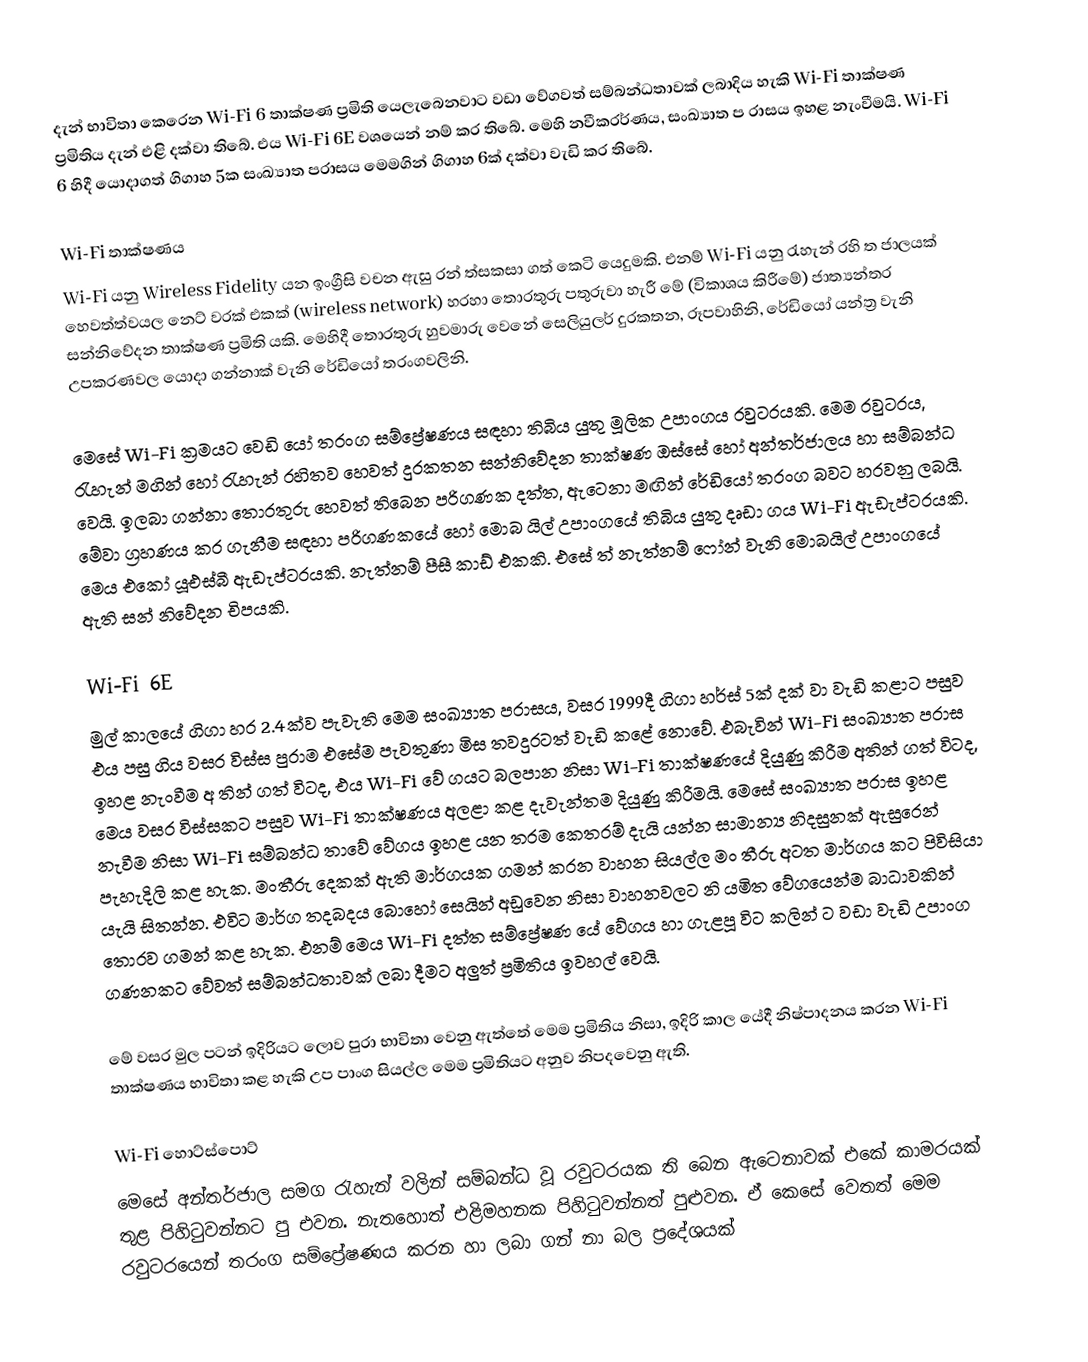
දැන් භාවිතා කෙරෙන Wi-Fi 6 තාක්ෂණ ප්‍රමිති යෙලැබෙනවාට වඩා වේගවත් සම්බන්ධතාවක් ලබාදිය හැකි Wi-Fi තාක්ෂණ ප්‍රමිතිය දැන් එළි දක්වා තිබේ. එය Wi-Fi 6E වශයෙන් නම් කර තිබේ. මෙහි නවීකරර්ණය, සංඛ්‍යාත ප රාසය ඉහළ නැංවීමයි. Wi-Fi 6 හිදී යොදාගත් ගිගාහ 5ක සංඛ්‍යාත පරාසය මෙමගින් ගිගාහ 6ක් දක්වා වැඩි කර තිබේ.

Wi-Fi තාක්ෂණය
Wi-Fi යනු Wireless Fidelity යන ඉංග්‍රීසි වචන ඇසු රන් ත්සකසා ගත් කෙටි යෙදුමකි. එනම් Wi-Fi යනු රැහැන් රහි ත ජාලයක් හෙවත්ත්වයල නෙට් වරක් එකක් (wireless network) හරහා තොරතුරු පතුරුවා හැරී මේ (විකාශය කිරීමේ) ජාත්‍යන්තර සන්නිවේදන තාක්ෂණ ප්‍රමිති යකි. මෙහිදී තොරතුරු හුවමාරු වෙනේ සෙලියුලර් දුරකතන, රූපවාහිනි, රේඩියෝ යන්ත්‍ර වැනි උපකරණවල යොදා ගන්නාක් වැනි රේඩියෝ තරංගවලිනි.

මෙසේ Wi-Fi ක්‍රමයට වෙඩි යෝ තරංග සම්ප්‍රේෂණය සඳහා තිබිය යුතු මූලික උපාංගය රවුටරයකි. මෙම රවුටරය, රැහැන් මගින් හෝ රැහැන් රහිතව හෙවත් දුරකතන සන්නිවේදන තාක්ෂණ ඔස්සේ හෝ අන්තර්ජාලය හා සම්බන්ධ වෙයි. ඉලබා ගන්නා තොරතුරු හෙවත් තිබෙන පරිගණක දත්ත, ඇටෙනා මඟින් රේඩියෝ තරංග බවට හරවනු ලබයි. මේවා ග්‍රහණය කර ගැනීම සඳහා පරිගණකයේ හෝ මොබ යිල් උපාංගයේ තිබිය යුතු දෘඩා ගය Wi-Fi ඇඩැප්ටරයකි. මෙය එකෝ යූඑස්බී ඇඩැප්ටරයකි. නැත්නම් පීසී කාඩ් එකකි. එසේ ත් නැත්නම් ෆෝන් වැනි මොබයිල් උපාංගයේ ඇති සන් නිවේදන චිපයකි.

Wi-Fi 6E
මුල් කාලයේ ගිගා හර 2.4ක්ව පැවැති මෙම සංඛ්‍යාත පරාසය, වසර 1999දී ගිගා හර්ස් 5ක් දක් වා වැඩි කළාට පසුව එය පසු ගිය වසර විස්ස පුරාම එසේම පැවතුණා මිස තවදුරටත් වැඩි කළේ නොවේ. එබැවින් Wi-Fi සංඛ්‍යාත පරාස ඉහළ නැංවීම අ තින් ගත් විටද, එය Wi-Fi වේ ගයට බලපාන නිසා Wi-Fi තාක්ෂණයේ දියුණු කිරීම අතින් ගත් විටද, මෙය වසර විස්සකට පසුව Wi-Fi තාක්ෂණය අලළා කළ දැවැන්තම දියුණු කිරීමයි. මෙසේ සංඛ්‍යාත පරාස ඉහළ නැවීම නිසා Wi-Fi සම්බන්ධ තාවේ වේගය ඉහළ යන තරම කෙතරම් දැයි යන්න සාමාන්‍ය නිදසුනක් ඇසුරෙන් පැහැදිලි කළ හැක. මංතීරු දෙකක් ඇති මාර්ගයක ගමන් කරන වාහන සියල්ල මං තීරු අටත මාර්ගය කට පිවිසියා යැයි සිතන්න. එවිට මාර්ග තදබදය බොහෝ සෙයින් අඩුවෙන නිසා වාහනවලට නි යමිත වේගයෙන්ම බාධාවකින් තොරව ගමන් කළ හැක. එනම් මෙය Wi-Fi දත්ත සම්ප්‍රේෂණ යේ වේගය හා ගැළපූ විට කලින් ට වඩා වැඩි උපාංග ගණනකට වේවත් සම්බන්ධතාවක් ලබා දීමට අලුත් ප්‍රමිතිය ඉවහල් වෙයි.

මේ වසර මුල පටන් ඉදිරියට ලොව පුරා භාවිතා වෙනු ඇත්තේ මෙම ප්‍රමිතිය නිසා, ඉදිරි කාල යේදී නිෂ්පාදනය කරන Wi-Fi තාක්ෂණය භාවිතා කළ හැකි උප පාංග සියල්ල මෙම ප්‍රමිතියට අනුව නිපදවෙනු ඇති.

Wi-Fi හොට්ස්පොට්
මෙසේ අන්තර්ජාල සමග රැහැන් වලින් සම්බන්ධ වූ රවුටරයක ති බෙන ඇටෙනාවක් එකේ කාමරයක් තුළ පිහිටුවන්නට පු එවන. නැතහොත් එළිමහනක පිහිටුවන්නත් පුළුවන. ඒ කෙසේ වෙතත් මෙම රවුටරයෙන් තරංග සම්ප්‍රේෂණය කරන හා ලබා ගන් නා බල ප්‍රදේශයක්